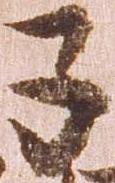
子